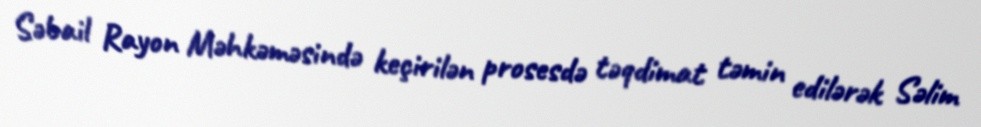
Səbail Rayon Məhkəməsində keçirilən prosesdə təqdimat təmin edilərək Səlim